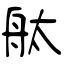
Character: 舦